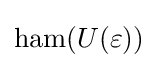
\operatorname {ham} (U(\varepsilon ))